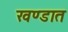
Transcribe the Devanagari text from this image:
खण्डात